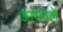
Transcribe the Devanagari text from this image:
आणवले